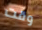
وقت